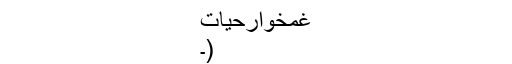
غمخوارحیات
(۔